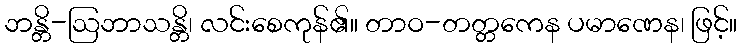
ဘန္တိ-ဩဘာသန္တိ၊ လင်းစေကုန်၏။ တာဝ-တတ္တကေန ပမာဏေန၊ ဖြင့်။